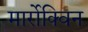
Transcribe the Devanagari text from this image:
मार्रोक्विन